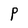
Character: P